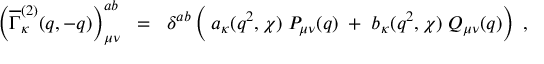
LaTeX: \; \left( \overline { { { \Gamma } } } _ { \kappa } ^ { ( 2 ) } ( q , - q ) \right) _ { \mu \nu } ^ { a b } \; \; = \; \; \delta ^ { a b } \left( \frac { } { } a _ { \kappa } ( q ^ { 2 } , \chi ) \; P _ { \mu \nu } ( q ) \; + \; b _ { \kappa } ( q ^ { 2 } , \chi ) \; Q _ { \mu \nu } ( q ) \right) \; ,